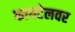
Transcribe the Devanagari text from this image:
कायटेलवर